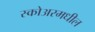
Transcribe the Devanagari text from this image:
स्कोअरमधील